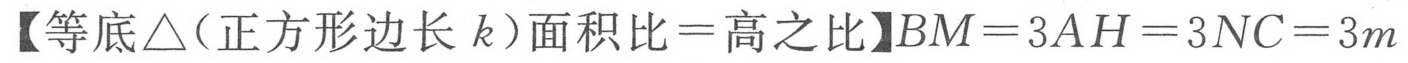
【等底\(\triangle\)（正方形边长 \(k\)）面积比\(=\)高之比】\(BM = 3AH = 3NC = 3m\)